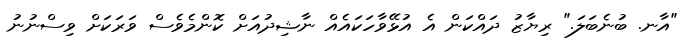
"އާނ. ބުނެބަލަ." ރިޔާޒު ދައްކަން އެ އުޅޭވާހަކައެއް ނާޝިދުއަށް ކޮންމެވެސް ވަރަކަށް ވިސްނުނު